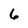
Character: 6